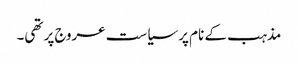
مذہب کے نام پر سیاست عروج پر تھی۔